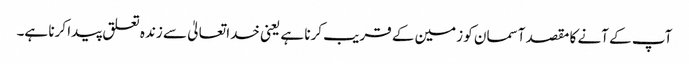
آپ کے آنے کا مقصد آسمان کو زمین کے قریب کرنا ہے یعنی خدا تعالیٰ سے زندہ تعلق پیدا کرنا ہے۔